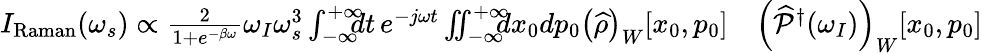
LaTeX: \begin{array}{rl}{I_{\mathrm{Raman}}(\omega_{s})\propto\frac{2}{1+e^{-\beta\omega}}\omega_{I}\omega_{s}^{3}\int_{-\infty}^{+\infty}\! \! \! \! dt\, e^{-j\omega t}\iint_{-\infty}^{+\infty}\! \! \! \! dx_{0}dp_{0}\left(\widehat{\rho}\right)_{W}[x_{0},p_{0}]}&{{}\left(\widehat{\mathcal{P}}^{\dagger}(\omega_{I})\right)_{W}[x_{0},p_{0}]}\end{array}